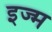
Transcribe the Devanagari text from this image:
इज्म